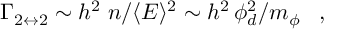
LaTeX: \Gamma _ { 2 \leftrightarrow 2 } \sim h ^ { 2 } \; n / \langle E \rangle ^ { 2 } \sim h ^ { 2 } \, \phi _ { d } ^ { 2 } / m _ { \phi } \; \; \; ,